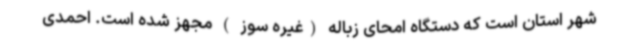
شهر استان است که دستگاه امحای زباله (غیره سوز ) مجهز شده است. احمدی